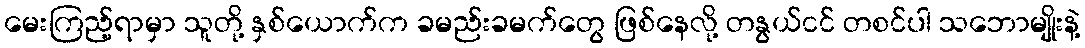
မေးကြည့်ရာမှာ သူတို့ နှစ်ယောက်က ခမည်းခမက်တွေ ဖြစ်နေလို့ တနွယ်ငင် တစင်ပါ သဘောမျိုးနဲ့